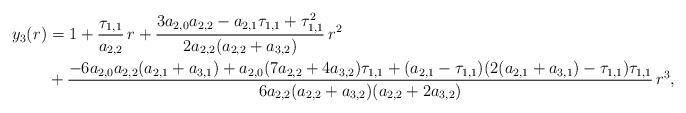
LaTeX: \begin{align*}y_3(r)&=1+\dfrac{\tau_{1,1}}{a_{2,2}}\, r +\frac{3 a_{2,0}a_{2,2}-a_{2,1}\tau_{1,1}+\tau_{1,1}^2}{2a_{2,2}(a_{2,2}+ a_{3,2})}\,r^2\\&+\frac{-6a_{2,0}a_{2,2} (a_{2,1}+a_{3,1})+a_{2,0} (7 a_{2,2}+4a_{3,2}) \tau_{1,1}+(a_{2,1}-\tau_{1,1}) (2 (a_{2,1}+a_{3,1})-\tau_{1,1})\tau_{1,1}}{6a_{2,2} (a_{2,2}+a_{3,2}) (a_{2,2}+2a_{3,2})}\,r^3,\end{align*}